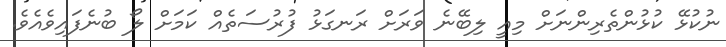
ނުކުޅޭ ކުޅުންތެރިންނަށް މިއީ ލިބޭނެ ވަރަށް ރަނގަޅު ފުރުސަތެއް ކަމަށް ލޯ ބުނެފައިވެއެވެ.